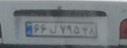
۶۶ل۷۹۵۲۸